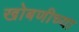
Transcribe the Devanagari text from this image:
खोबणीच्या